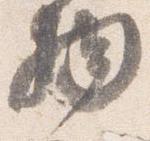
物